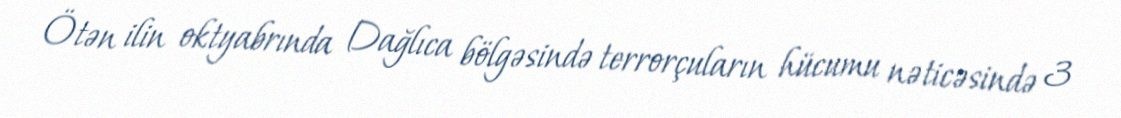
Ötən ilin oktyabrında Dağlıca bölgəsində terrorçuların hücumu nəticəsində 3